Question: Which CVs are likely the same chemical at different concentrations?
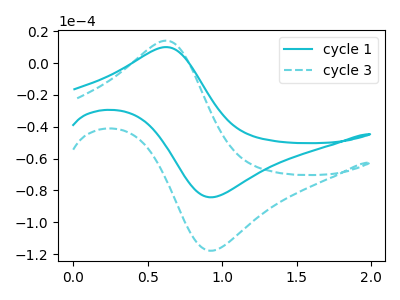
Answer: <think>The cyan curve "cycle 1" has an anodic peak at (0.65V, 10.10uA) and a cathodic peak at (0.95V, -84.25uA). The cyan dashed curve "cycle 3" has an anodic peak at (0.65V, 14.10uA) and a cathodic peak at (0.95V, -117.85uA).
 All the peaks in "cycle 1" have a peak in "cycle 3" at the same potential. Every peak in "cycle 1" is lower than every peak in "cycle 3".</think>
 <answer>"cycle 1" and "cycle 3" have the same shape and are likely CV's of the same chemical.</answer>
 <eval>"cycle 1" "cycle 3"</eval>